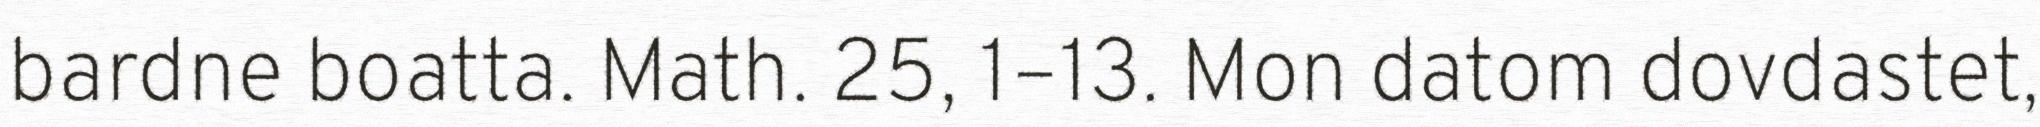
bardne boatta. Math. 25, 1–13. Mon datom dovdastet,